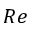
R e